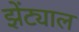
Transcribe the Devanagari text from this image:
झेंट्याल